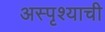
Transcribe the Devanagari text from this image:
अस्पृश्याची